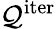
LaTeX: \mathcal{Q}^{\mathrm{iter}}